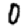
Digit: 0